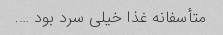
متأسفانه غذا خیلی سرد بود ….